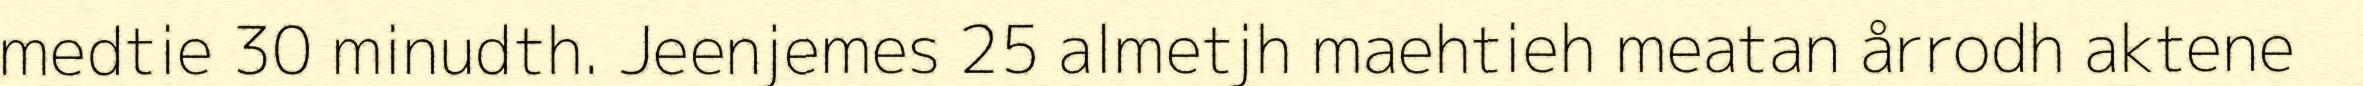
medtie 30 minudth. Jeenjemes 25 almetjh maehtieh meatan årrodh aktene